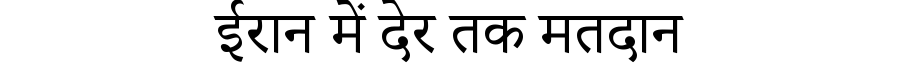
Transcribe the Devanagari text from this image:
ईरान में देर तक मतदान